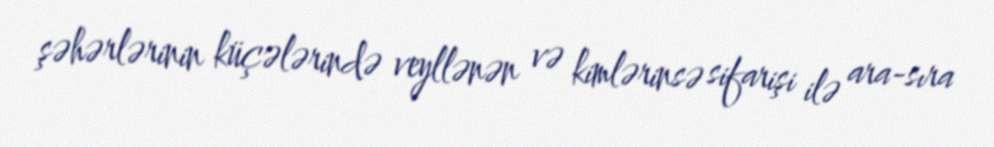
şəhərlərinin küçələrində veyllənən və kimlərinsə sifarişi ilə ara-sıra